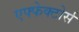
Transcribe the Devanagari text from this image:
एफ्फेक्टोर्स